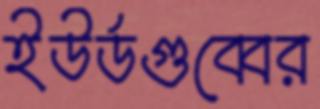
ইউর্ডগুব্বের